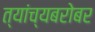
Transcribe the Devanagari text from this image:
त्यांच्यबरोबर